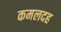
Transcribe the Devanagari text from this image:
कमलदह